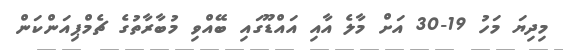
މިދިޔަ މަހު 19-30 އަށް މާލެ އާއި އައްޑޫގައި ބޭއްވި މުބާރާތުގެ ޗެމްޕިއަންކަން